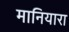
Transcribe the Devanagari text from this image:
मानियारा